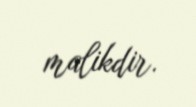
malikdir.